Statistical return of the lunatic asylum in Assam - 1912-1932
Year: 1912
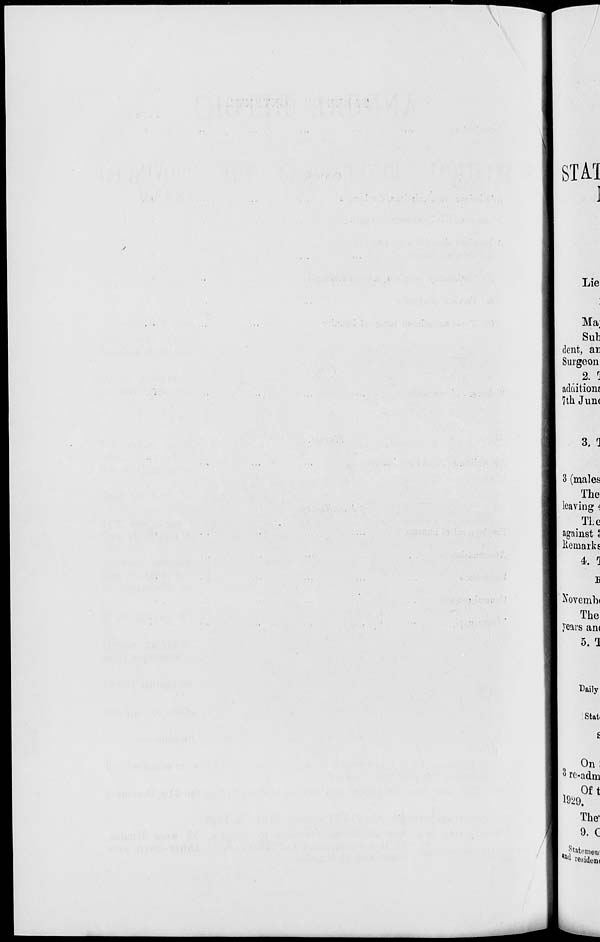
STA1
Lie
Ma.
Sub
dent, an
Surgeon
2. 5
addition!
7th June
3. 0
3 (males
The
leaving i
The
against l
Kemarkfi
4. 1
Kovemb<
The
years an(
5. 1
Daily
Stati
On:
3 re-adm
, Oft
1929.
The-
9. C
. Jtatcmen-
lnd reside*